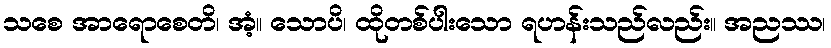
သစေ အာရောစေတိ၊ အံ့။ သောပိ၊ ထိုတစ်ပါးသော ရဟန်းသည်လည်း။ အညဿ၊